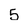
Character: 5